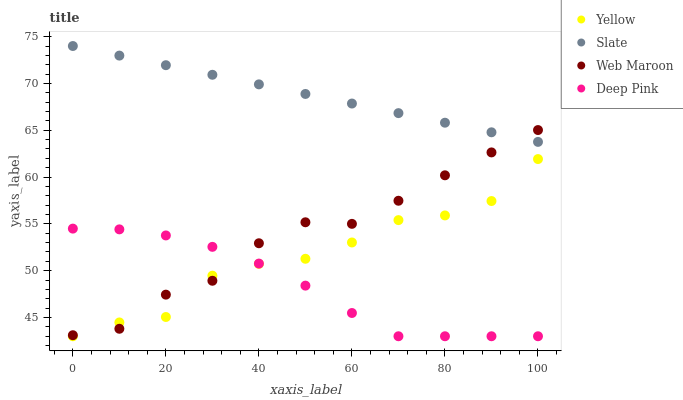
| xaxis_label | Yellow | Slate | Web Maroon | Deep Pink |
 | --- | --- | --- | --- | --- |
 | 0 | 43 | 74 | 43.1 | 54.5 |
 | 10 | 44.5 | 73 | 43.8 | 54.4 |
 | 20 | 45.1 | 72 | 47.4 | 53.8 |
 | 30 | 49.5 | 70.9 | 48.9 | 52.5 |
 | 40 | 50.7 | 69.9 | 52.9 | 50.8 |
 | 50 | 51.3 | 68.9 | 55.2 | 48.4 |
 | 60 | 53 | 67.9 | 55 | 45.5 |
 | 70 | 55.4 | 66.8 | 57.5 | 43 |
 | 80 | 55.9 | 65.8 | 60.2 | 43 |
 | 90 | 57.4 | 64.8 | 62.6 | 43 |
 | 100 | 61.9 | 63.8 | 65 | 43 |